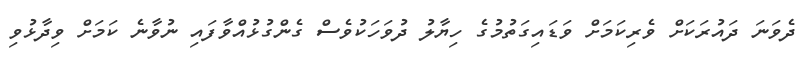
ދެވަނަ ދައުރަކަށް ވެރިކަމަށް ވަޑައިގަތުމުގެ ހިޔާލު ދުވަހަކުވެސް ގެންގުޅުއްވާފައި ނުވާނެ ކަމަށް ވިދާޅުވި